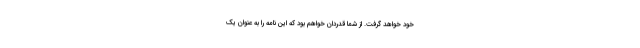
خود خواهد گرفت. از شما قدردان خواهم بود که این نامه را به عنوان یک